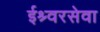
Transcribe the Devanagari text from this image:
ईश्र्वरसेवा